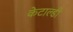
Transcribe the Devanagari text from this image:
केटाल्डी